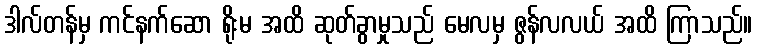
ဒါလ်တန်မှ ကင်နက်ဆော ရိုးမ အထိ ဆုတ်ခွာမှုသည် မေလမှ ဇွန်လလယ် အထိ ကြာသည်။